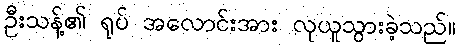
ဦးသန့်၏ ရုပ် အလောင်းအား လုယူသွားခဲ့သည်။